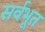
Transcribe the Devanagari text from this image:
सर्वभूत